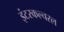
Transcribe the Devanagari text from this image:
इंटरकल्चरल